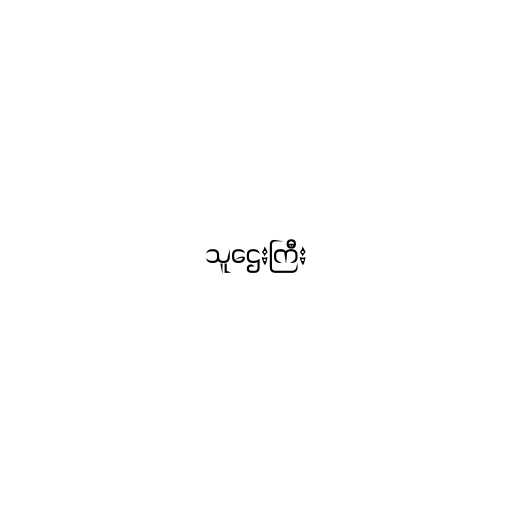
သူဌေးကြီး